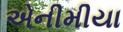
એનીમીયા